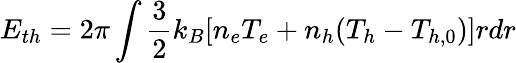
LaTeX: E_{th}=2\pi\int\frac{3}{2}k_{B}[n_{e}T_{e}+n_{h}(T_{h}-T_{h,0})]rdr